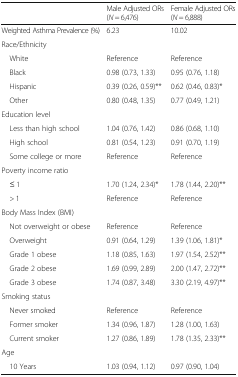
<table><thead><tr><td></td><td><b>Male Adjusted ORs(<i>N</i> = 6,476)</b></td><td><b>Female Adjusted ORs(<i>N</i> = 6,888)</b></td></tr></thead><tbody><tr><td>Weighted Asthma Prevalence (%)</td><td>6.23</td><td>10.02</td></tr><tr><td colspan="3">Race/Ethnicity</td></tr><tr><td> White</td><td>Reference</td><td>Reference</td></tr><tr><td> Black</td><td>0.98 (0.73, 1.33)</td><td>0.95 (0.76, 1.18)</td></tr><tr><td> Hispanic</td><td>0.39 (0.26, 0.59)**</td><td>0.62 (0.46, 0.83)*</td></tr><tr><td> Other</td><td>0.80 (0.48, 1.35)</td><td>0.77 (0.49, 1.21)</td></tr><tr><td colspan="3">Education level</td></tr><tr><td> Less than high school</td><td>1.04 (0.76, 1.42)</td><td>0.86 (0.68, 1.10)</td></tr><tr><td> High school</td><td>0.81 (0.54, 1.23)</td><td>0.91 (0.70, 1.19)</td></tr><tr><td> Some college or more</td><td>Reference</td><td>Reference</td></tr><tr><td colspan="3">Poverty income ratio</td></tr><tr><td> ≤ 1</td><td>1.70 (1.24, 2.34)*</td><td>1.78 (1.44, 2.20)**</td></tr><tr><td> &gt; 1</td><td>Reference</td><td>Reference</td></tr><tr><td colspan="3">Body Mass Index (BMI)</td></tr><tr><td> Not overweight or obese</td><td>Reference</td><td>Reference</td></tr><tr><td> Overweight</td><td>0.91 (0.64, 1.29)</td><td>1.39 (1.06, 1.81)*</td></tr><tr><td> Grade 1 obese</td><td>1.18 (0.85, 1.63)</td><td>1.97 (1.54, 2.52)**</td></tr><tr><td> Grade 2 obese</td><td>1.69 (0.99, 2.89)</td><td>2.00 (1.47, 2.72)**</td></tr><tr><td> Grade 3 obese</td><td>1.74 (0.87, 3.48)</td><td>3.30 (2.19, 4.97)**</td></tr><tr><td colspan="3">Smoking status</td></tr><tr><td> Never smoked</td><td>Reference</td><td>Reference</td></tr><tr><td> Former smoker</td><td>1.34 (0.96, 1.87)</td><td>1.28 (1.00, 1.63)</td></tr><tr><td> Current smoker</td><td>1.27 (0.86, 1.89)</td><td>1.78 (1.35, 2.33)**</td></tr><tr><td colspan="3">Age</td></tr><tr><td> 10 Years</td><td>1.03 (0.94, 1.12)</td><td>0.97 (0.90, 1.04)</td></tr></tbody></table>